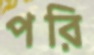
পরি